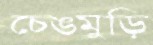
চেঙমুড়ি